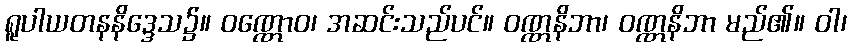
ရူပါယတနနိဒ္ဒေသ၌။ ဝဏ္ဏောဝ၊ အဆင်းသည်ပင်။ ဝဏ္ဏနိဘာ၊ ဝဏ္ဏနိဘာ မည်၏။ ဝါ၊